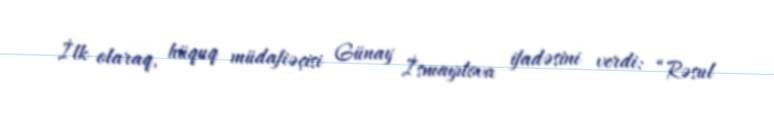
İlk olaraq, hüquq müdafiəçisi Günay İsmayılova ifadəsini verdi: “Rəsul